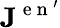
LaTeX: \mathbf{J}^{\mathrm{~e~n~}^{\prime}}